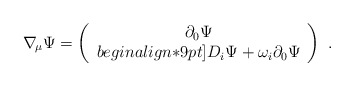
\begin{align*}\nabla_{\!\mu} \Psi=\left (\begin{array}{c} \partial_0\Psi \\begin{align*}9pt]D_i\Psi + \omega_i \partial_0\Psi \end{array} \right) \ . \end{align*}